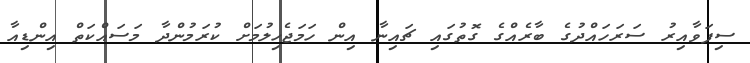
ސިފަވާއިރު ސަރަހައްދުގެ ބާރެއްގެ ގޮތުގައި ޗައިނާ އިން ހަމަޖެހިލުމަށް ކުރަމުންދާ މަސައްކަތް އިންޑިއާ